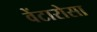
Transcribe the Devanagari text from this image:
वेंटारोसा